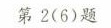
第 2(6)题